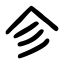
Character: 㐱